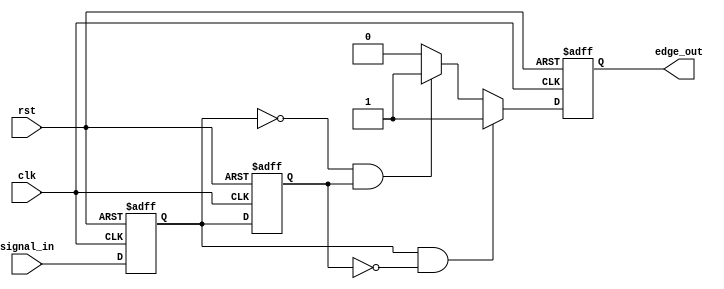
module SchmittTriggerEdgeDetector (
    input wire clk,               // Clock input
    input wire rst,               // Asynchronous reset
    input wire signal_in,         // Input signal to be monitored
    output reg edge_out           // Output pulse for detected edges
);

    // Internal signals for the previous and current state
    reg previous_state;           // Previous State Flip-Flop (PSFF)
    reg current_state;            // Current State Flip-Flop (CSFF)

    // Edge detection logic
    always @(posedge clk or posedge rst) begin
        if (rst) begin
            previous_state <= 1'b0; // Initialize previous state on reset
            current_state <= 1'b0;  // Initialize current state on reset
            edge_out <= 1'b0;       // Initialize output on reset
        end else begin
            // Update the previous state with the current state
            previous_state <= current_state;

            // Latch the current state from the input signal
            current_state <= signal_in;

            // Edge detection logic
            if (current_state && !previous_state) begin
                // Rising edge detected
                edge_out <= 1'b1; // Generate output pulse for rising edge
            end else if (!current_state && previous_state) begin
                // Falling edge detected
                edge_out <= 1'b1; // Generate output pulse for falling edge
            end else begin
                // No edge detected
                edge_out <= 1'b0; // Clear output pulse
            end
        end
    end

endmodule